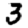
Digit: 3